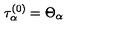
\tau _ { \alpha } ^ { ( 0 ) } = \Theta _ { \alpha }